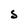
Character: S